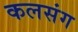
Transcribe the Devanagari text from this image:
कलसंग